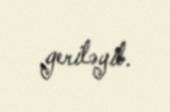
geriləyib.